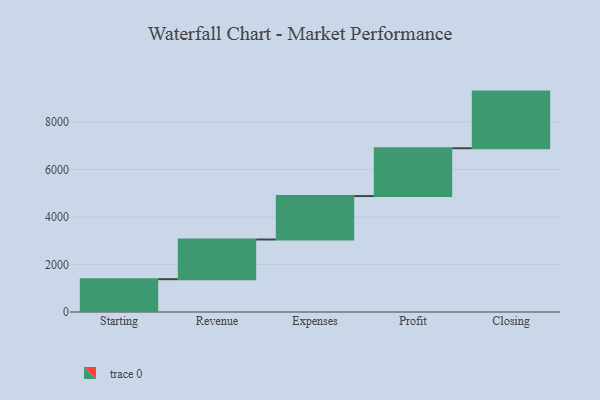
{"axis": {"x": "Step", "y": "Value"}, "legend": [""], "data": [{"x": "Starting", "y": 1381.0, "type": ""}, {"x": "Revenue", "y": 1669.0, "type": ""}, {"x": "Expenses", "y": 1827.0, "type": ""}, {"x": "Profit", "y": 2012.0, "type": ""}, {"x": "Closing", "y": 2383.0, "type": ""}]}